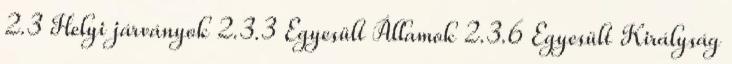
2.3 Helyi járványok 2.3.3 Egyesült Államok 2.3.6 Egyesült Királyság